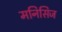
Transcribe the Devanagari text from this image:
मनिसिज